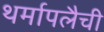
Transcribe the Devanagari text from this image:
थर्मापलैची